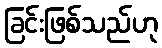
ခြင်းဖြစ်သည်ဟု